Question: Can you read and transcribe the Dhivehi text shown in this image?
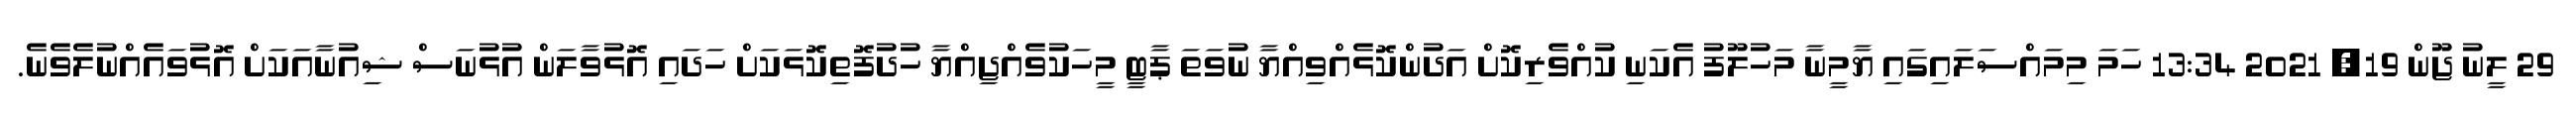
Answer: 29 ލީނު ޖޫން 19, 2021 13:34 ހަމަ މިމައްސަލައިގައި ޔާމީނާ މަހުލޫފު އެކަނި ކުއްވެރިކޮށް އަދުންކޮޅެއްވިއްޔާ ނުވަތަ ޕާޓީ މީހަކުވެއްޖިއްޔާ ހުދުފޮތިކޮޅަކަށް ހަދައި އޮޅުވާލަން އުޅުނަސް ޝިއުނާއަކަށް އޮޅުވައެއްނުލެވެނެ.